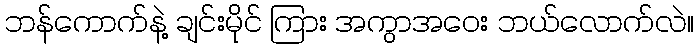
ဘန်ကောက်နဲ့ ချင်းမိုင် ကြား အကွာအဝေး ဘယ်လောက်လဲ။